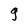
Character: g